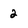
Character: 2